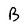
Character: B